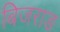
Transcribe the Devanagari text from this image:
बिजराङ